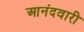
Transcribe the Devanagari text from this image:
आनंदवारी